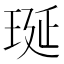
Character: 𤥻